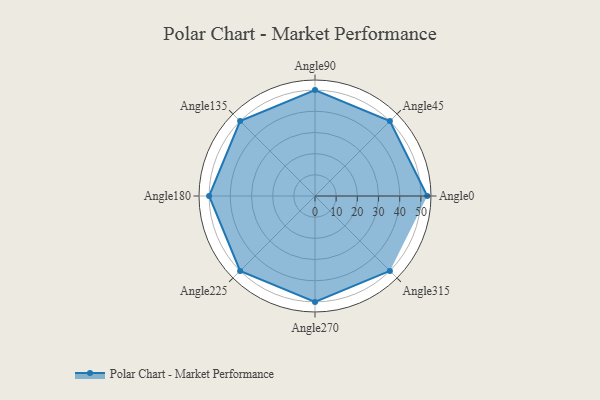
{"axis": {"x": "Angle", "y": "Radius"}, "legend": [""], "data": [{"x": "Angle0", "y": 53.0, "type": ""}, {"x": "Angle45", "y": 50, "type": ""}, {"x": "Angle90", "y": 50, "type": ""}, {"x": "Angle135", "y": 50, "type": ""}, {"x": "Angle180", "y": 50, "type": ""}, {"x": "Angle225", "y": 50, "type": ""}, {"x": "Angle270", "y": 50, "type": ""}, {"x": "Angle315", "y": 50, "type": ""}]}